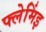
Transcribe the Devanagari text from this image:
फ्लेमिंइ